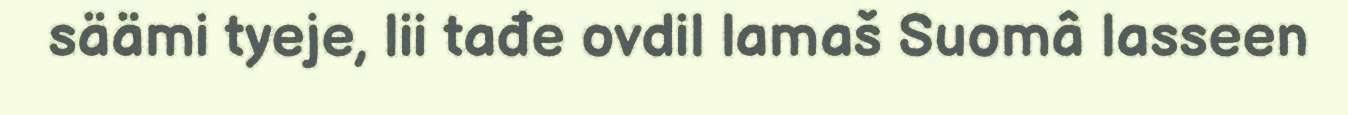
säämi tyeje, lii tađe ovdil lamaš Suomâ lasseen